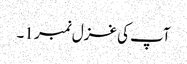
آپ کی غزل نمبر 1۔